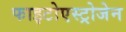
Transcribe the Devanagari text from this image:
फाइटोएस्ट्रोजेन